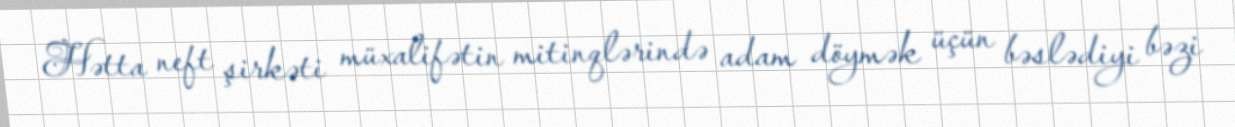
Hətta neft şirkəti müxalifətin mitinqlərində adam döymək üçün bəslədiyi bəzi